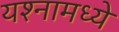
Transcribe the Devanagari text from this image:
यश्नामध्ये